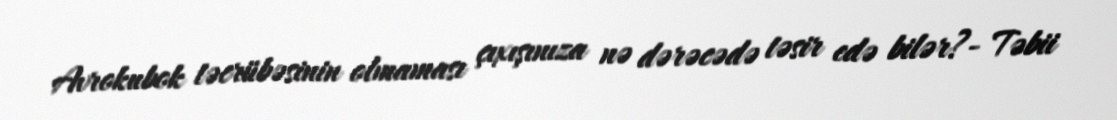
Avrokubok təcrübəsinin olmaması çıxışınıza nə dərəcədə təsir edə bilər?- Təbii